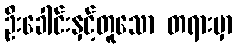
ဦးခေါင်းနှင့်တူသော တရားမှာ